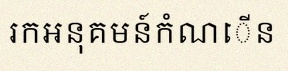
រកអនុគមន៍កំណើន